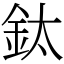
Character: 鈦